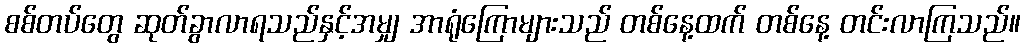
စစ်တပ်တွေ ဆုတ်ခွာလာရသည်နှင့်အမျှ အာရုံကြောများသည် တစ်နေ့ထက် တစ်နေ့ တင်းလာကြသည်။